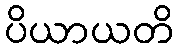
ပိယာယတိ